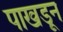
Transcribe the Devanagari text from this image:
पाखडून